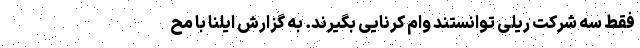
فقط سه شرکت ریلی توانستند وام کرنایی بگیرند. به گزارش ایلنا با مح